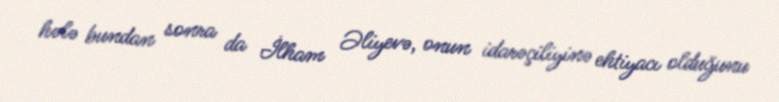
hələ bundan sonra da İlham Əliyevə, onun idarəçiliyinə ehtiyacı olduğunu